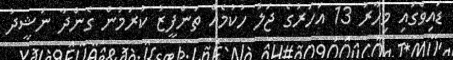
ޑައިވްގައި މިހާރު 13 އަހަރުގެ ޖަލު ހުކުމެއް ތަންފީޒު ކުރަމުން ގެންދާ ނަޝީދު